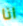
انا